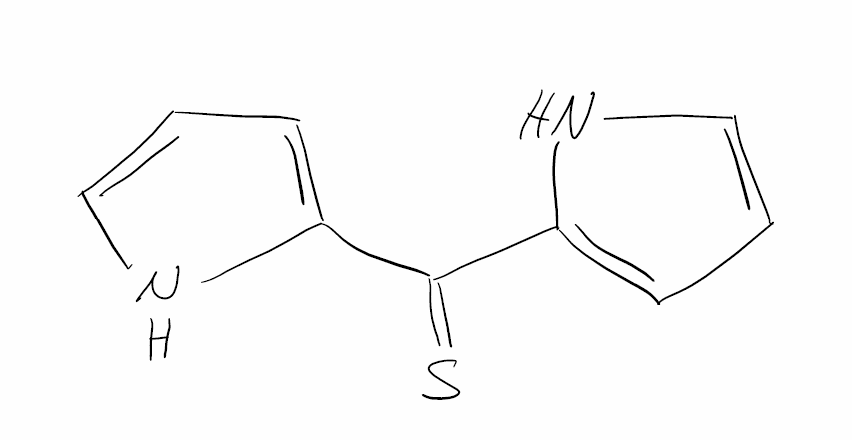
Simplified molecular-input line-entry system (SMILES) notation of the given molecule:
C1=CNC(=C1)C(=S)C2=CC=CN2